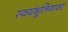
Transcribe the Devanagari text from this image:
स्वयंभूलिंगावर